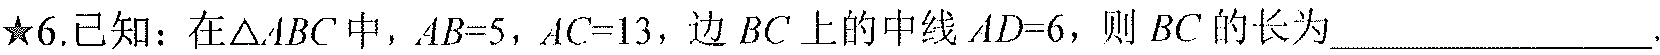
★6.已知：在\(\triangle ABC\)中，\(AB = 5\)，\(AC = 13\)，边 \(BC\) 上的中线 \(AD = 6\)，则 \(BC\) 的长为  ．